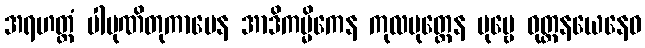
အရဟတ္တံ ပါပုဏိတုကာမေန အာဒိကမ္မိကေန ကုလပုတ္တေန ပုဗ္ဗေ ဝုတ္တနယေနေဝ